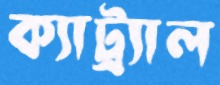
ক্যাট্র্যাল